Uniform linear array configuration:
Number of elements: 64
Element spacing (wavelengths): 0.5
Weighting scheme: blackman
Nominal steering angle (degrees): -60
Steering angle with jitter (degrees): -59.937
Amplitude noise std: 0.05
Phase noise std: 0.05

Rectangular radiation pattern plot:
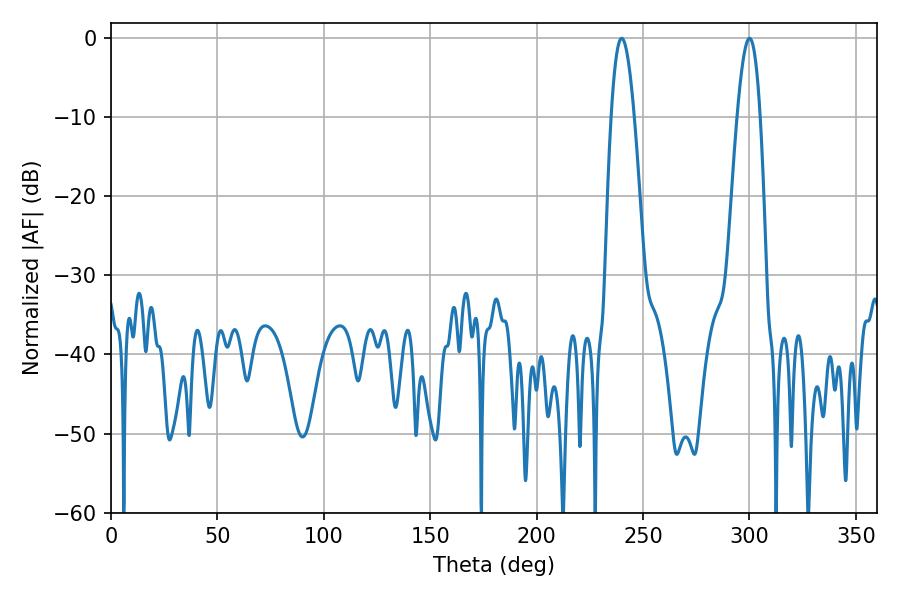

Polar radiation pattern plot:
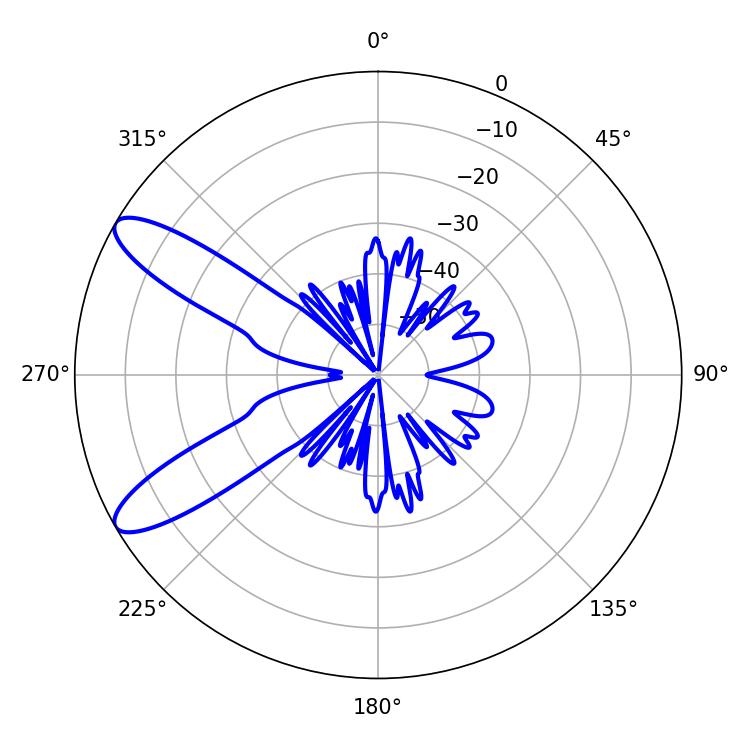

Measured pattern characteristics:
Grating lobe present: FALSE
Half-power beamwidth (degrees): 5.76
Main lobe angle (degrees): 239.94